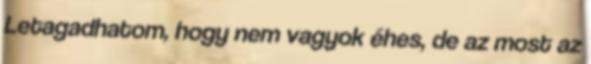
Letagadhatom, hogy nem vagyok éhes, de az most az